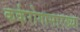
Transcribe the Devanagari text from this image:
कर्करोगासारख्या